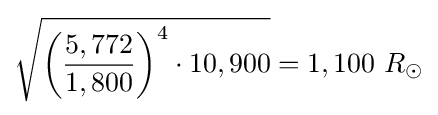
{\sqrt {{\biggl (}{\frac {5,772}{1,800}}{\biggr )}^{4}\cdot {10,900}}}=1,100\ R_{\odot }